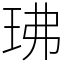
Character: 𤤖